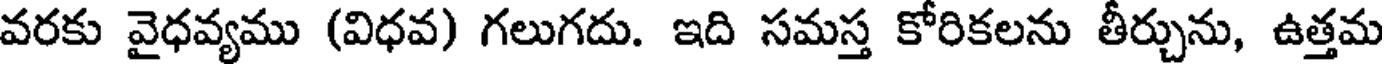
వరకు వైధవ్యము (విధవ) గలుగదు. ఇది సమస్త కోరికలను తీర్చును, ఉత్తమ